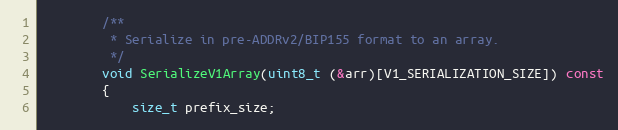
Language: C
        /**
         * Serialize in pre-ADDRv2/BIP155 format to an array.
         */
        void SerializeV1Array(uint8_t (&arr)[V1_SERIALIZATION_SIZE]) const
        {
            size_t prefix_size;